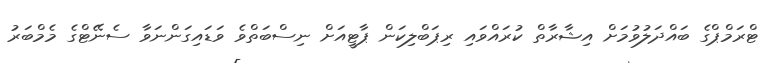
ޓްރަމްޕްގެ ބައްދަލުވުމަށް އިޝާރާތް ކުރައްވައި ރިޕަބްލިކަން ޕާޓީއަށް ނިސްބަތްވެ ވަޑައިގަންނަވާ ސެނޭޓްގެ މެމްބަރު